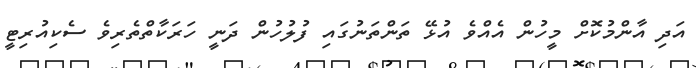
އަދި އާންމުކޮށް މީހުން އެއްވެ އުޅޭ ތަންތަނުގައި ފުލުހުން ދަނީ ހަރަކާތްތެރިވެ ސެކިއުރިޓީ